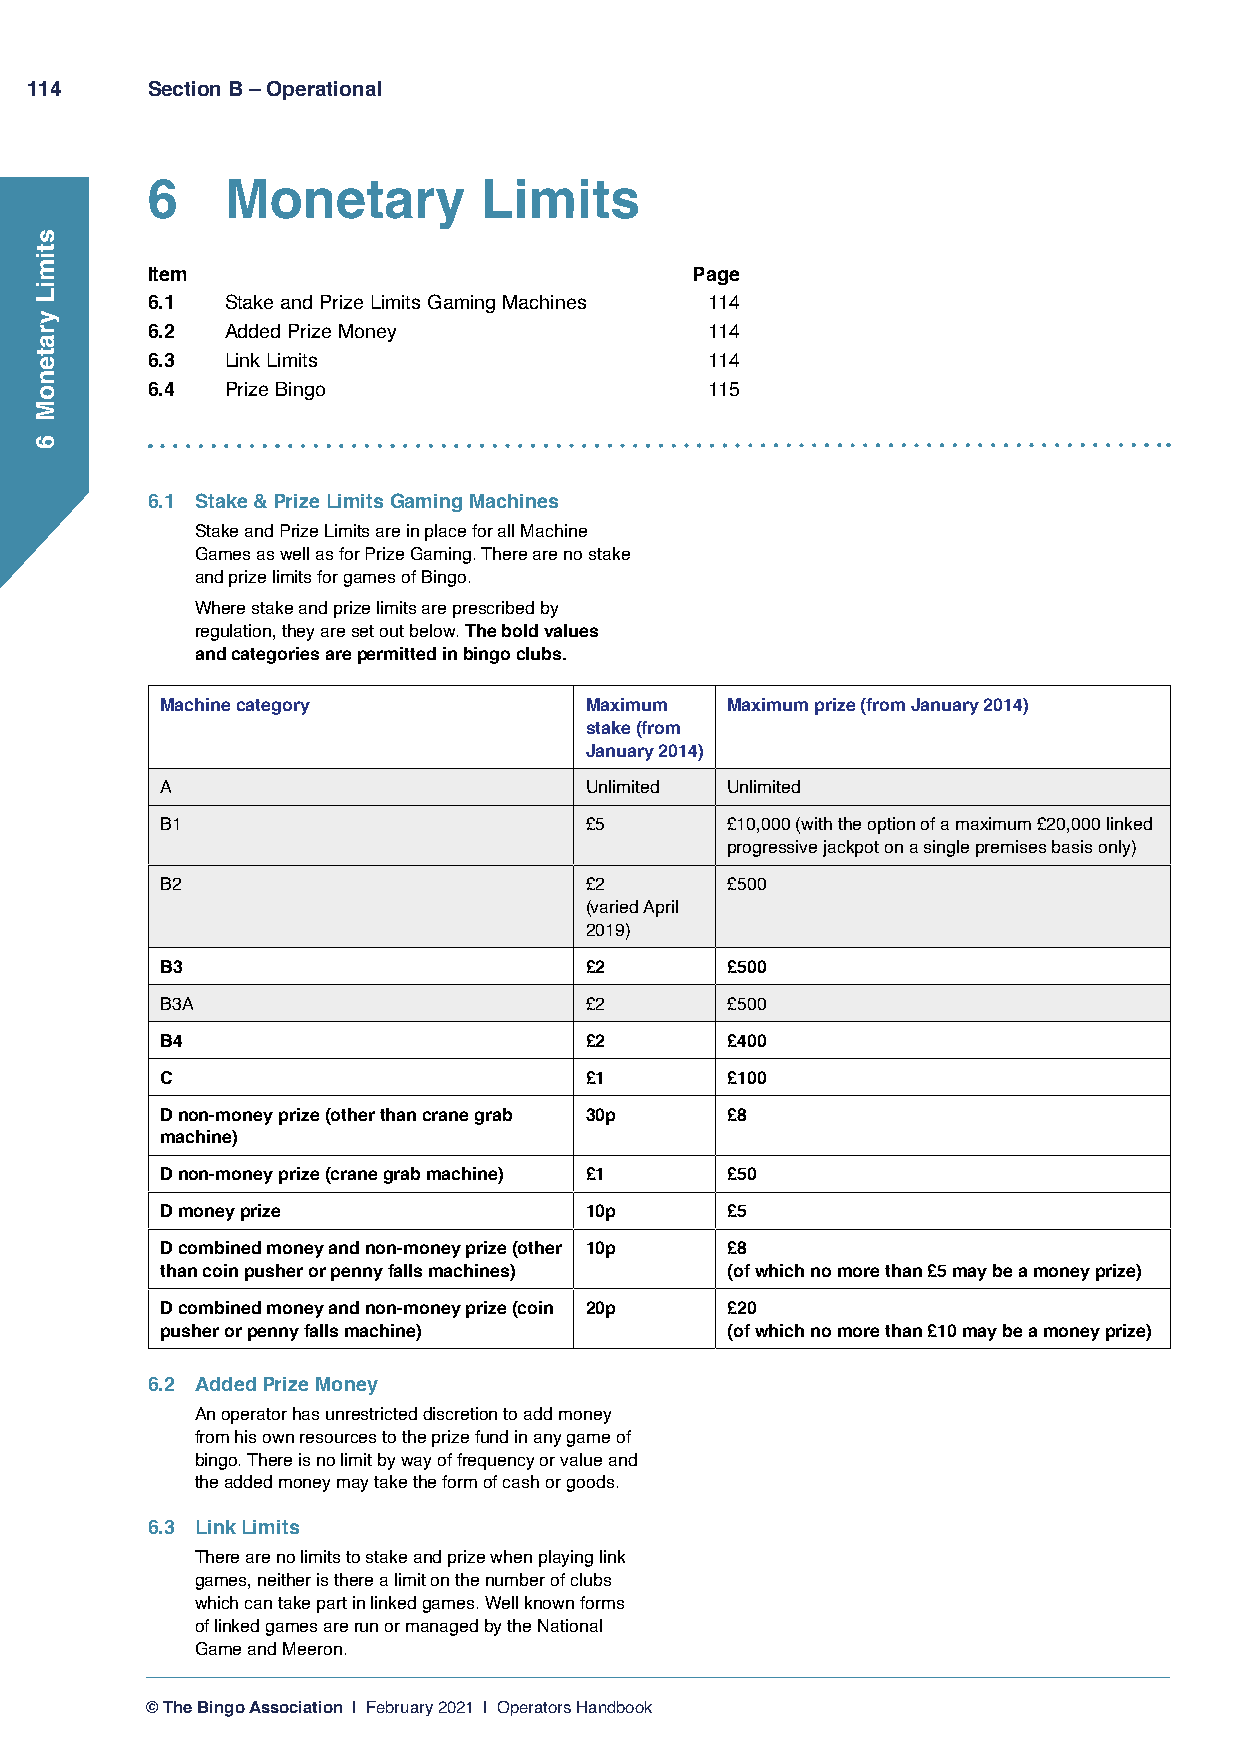
114     Section B – Operational
 6    Monetary         Limits
 Item                                Page
 6.1  Stake and Prize Limits Gaming Machines 114
 6.2  Added Prize Money               114
 6.3  Link Limits                     114
 6.4  Prize Bingo                     115
 6.1 Stake & Prize Limits Gaming Machines
 Stake and Prize Limits are in place for all Machine
 Games as well as for Prize Gaming. There are no stake
 and prize limits for games of Bingo.
 Where stake and prize limits are prescribed by
 regulation, they are set out below. The bold values
 and categories are permitted in bingo clubs.
 Machine category            Maximum  Maximum prize (from January 2014)
 stake (from
 January 2014)
 A                           Unlimited Unlimited
 B1                          £5       £10,000 (with the option of a maximum £20,000 linked
 progressive jackpot on a single premises basis only)
 B2                          £2       £500
 (varied April
 2019)
 B3                          £2       £500
 B3A                         £2       £500
 B4                          £2       £400
 C                           £1       £100
 D non-money prize (other than crane grab 30p £8
 machine)
 D non-money prize (crane grab machine) £1 £50
 D money prize               10p      £5
 D combined money and non-money prize (other 10p £8
 than coin pusher or penny falls machines) (of which no more than £5 may be a money prize)
 D combined money and non-money prize (coin 20p £20
 pusher or penny falls machine)       (of which no more than £10 may be a money prize)
 6.2 Added Prize Money
 An operator has unrestricted discretion to add money
 from his own resources to the prize fund in any game of
 bingo. There is no limit by way of frequency or value and
 the added money may take the form of cash or goods.
 6.3 Link Limits
 There are no limits to stake and prize when playing link
 games, neither is there a limit on the number of clubs
 which can take part in linked games. Well known forms
 of linked games are run or managed by the National
 Game and Meeron.
 © The Bingo Association | February 2021 | Operators Handbook
 stimiL
 yratenoM
 6